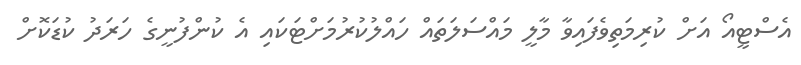
އެސްޓީއޯ އަށް ކުރިމަތިވެފައިވާ މާލީ މައްސަލަތައް ހައްލުކުރުމަށްޓަކައި އެ ކުންފުނީގެ ހަރަދު ކުޑަކޮށް